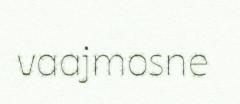
vaajmosne